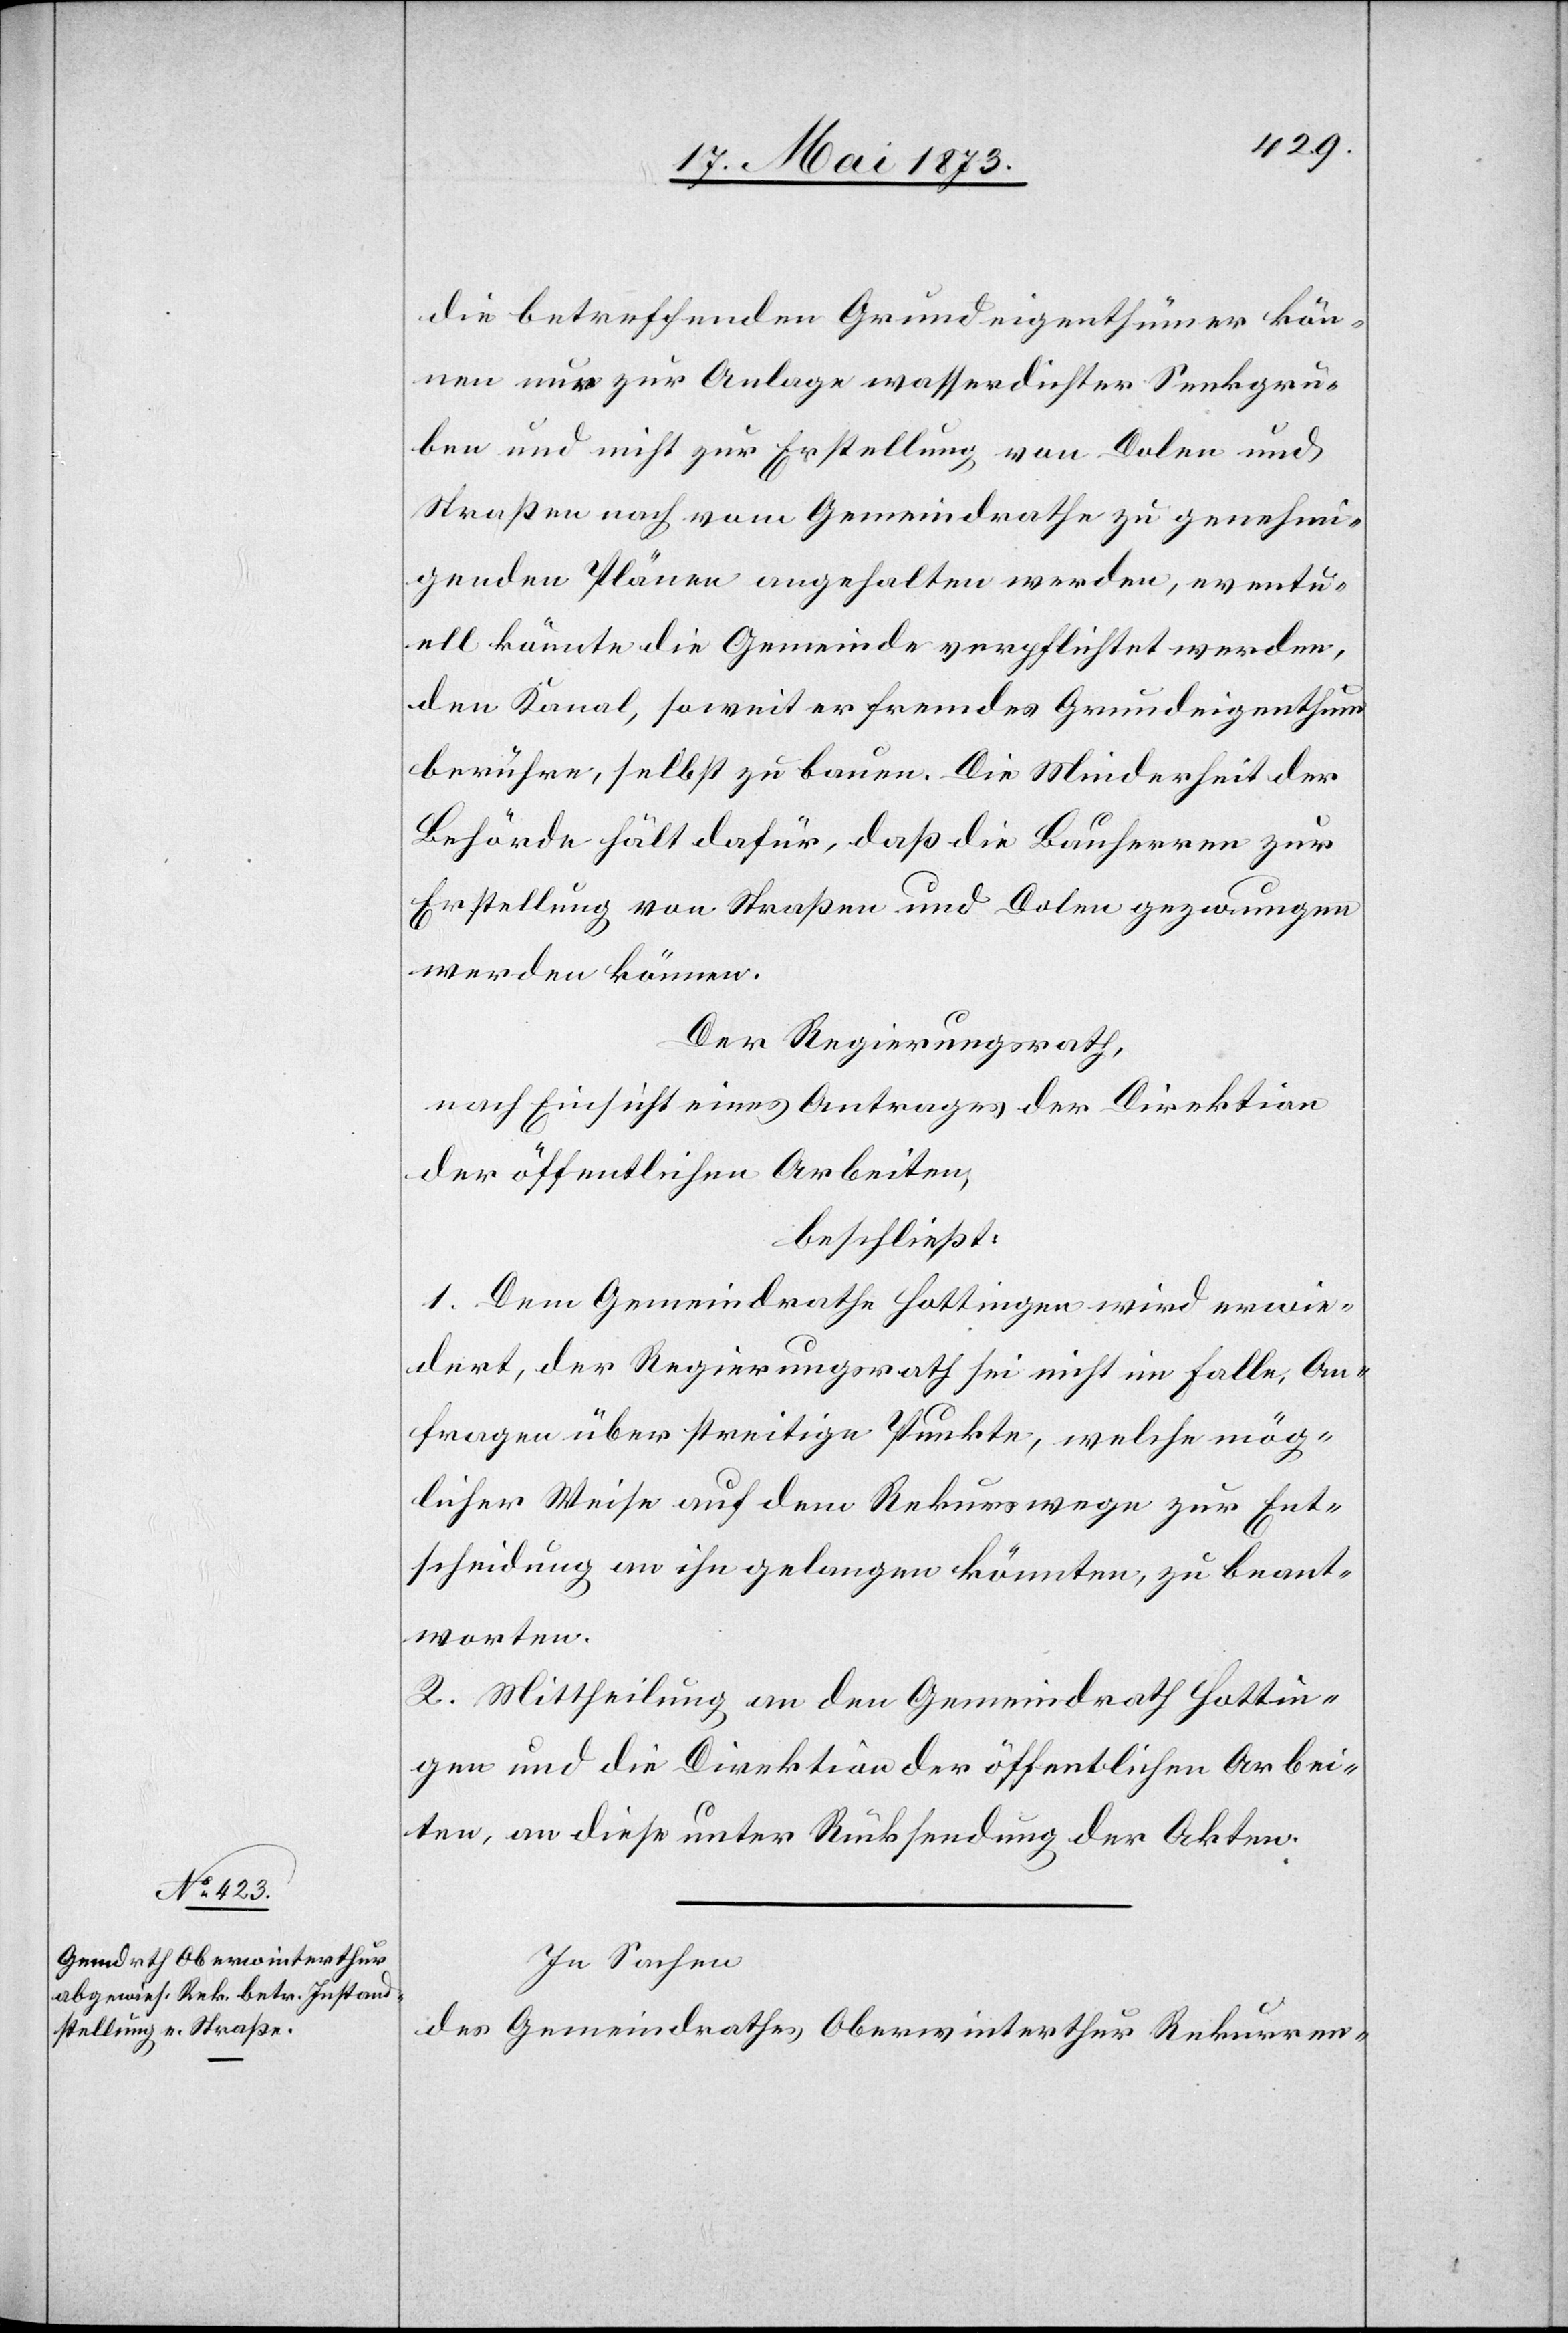
die betreffenden Grundeigenthümer kön¬
nen nur zur Anlage wasserdichter Senkgru¬
ben und nicht zur Erstellung von Dolen und
Straßen nach vom Gemeindrathe zu genehmi¬
genden Plänen angehalten werden, eventu¬
ell könnte die Gemeinde verpflichtet werden,
den Kanal, soweit er fremdes Grundeigenthum
berühre, selbst zu bauen. Die Minderheit der
Behörde hält dafür, daß die Bauherren zur
Erstellung von Straßen und Dolen gezwungen
werden können.
Der Regierungsrath,
nach Einsicht eines Antrages der Direktion
der öffentlichen Arbeiten,
beschließt:
1. Dem Gemeindrathe Hottingen wird erwie¬
dert, der Regierungsrath sei nicht im Falle, An¬
fragen über streitige Punkte, welche mög¬
licher Weise auf dem Rekurswege zur Ent¬
scheidung an ihn gelangen könnten, zu beant¬
worten.
2. Mittheilung an den Gemeindrath Hottin¬
gen und die Direktion der öffentlichen Arbei¬
ten, an diese unter Rücksendung der Akten.
In Sachen
des Gemeindrathes Oberwinterthur Rekurren-